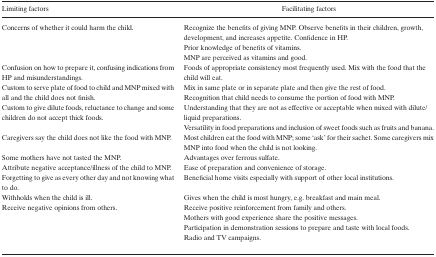
| Limiting factors | Facilitating factors |
 | --- | --- |
 | Concerns of whether it could harm the child. | Recognize the benefits of giving MNP. Observe benefits in their children, growth, development, and increases appetite. Confidence in HP. |
 | <ROWSPAN=2>  | Prior knowledge of benefits of vitamins. |
 | MNP are perceived as vitamins and good. |
 | Confusion on how to prepare it, confusing indications from HP and misunderstandings. | Foods of appropriate consistency most frequently used. Mix with the food that the child will eat. |
 | <ROWSPAN=2> Custom to serve plate of food to child and MNP mixed with all and the child does not finish. | Mix in same plate or in separate plate and then give the rest of food. |
 | Recognition that child needs to consume the portion of food with MNP. |
 | Custom to give dilute foods, reluctance to change and some children do not accept thick foods. | Understanding that they are not as effective or acceptable when mixed with dilute/liquid preparations. |
 |  | Versatility in food preparations and inclusion of sweet foods such as fruits and banana. |
 | Caregivers say the child does not like the food with MNP. | Most children eat the food with MNP; some ‘ask’ for their sachet. Some caregivers mix MNP into food when the child is not looking. |
 | Some mothers have not tasted the MNP. | Advantages over ferrous sulfate. |
 | Attribute negative acceptance/illness of the child to MNP. | Ease of preparation and convenience of storage. |
 | Forgetting to give as every other day and not knowing what to do. | Beneficial home visits especially with support of other local institutions. |
 | Withholds when the child is ill. | Gives when the child is most hungry, e.g. breakfast and main meal. |
 | Receive negative opinions from others. | Receive positive reinforcement from family and others. |
 |  | Mothers with good experience share the positive messages. |
 |  | Participation in demonstration sessions to prepare and taste with local foods. |
 |  | Radio and TV campaigns. |